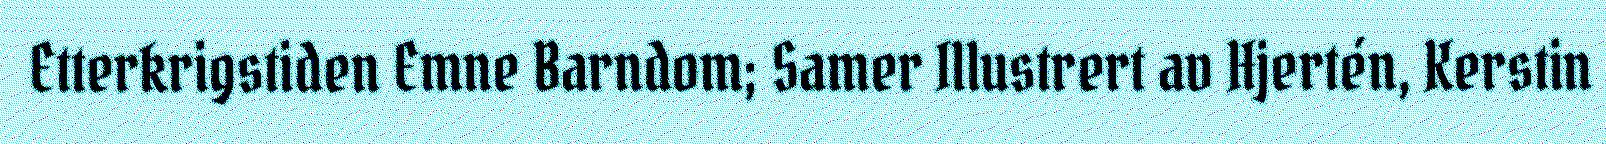
Etterkrigstiden Emne Barndom; Samer Illustrert av Hjertén, Kerstin